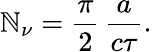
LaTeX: \mathbb{N}_{\nu}={\frac{{\pi}}{{2}}}\, {\frac{{a}}{{c\tau}}}.